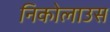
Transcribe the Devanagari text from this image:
निकोलाउस